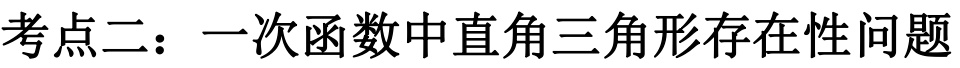
考点二：一次函数中直角三角形存在性问题